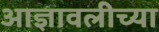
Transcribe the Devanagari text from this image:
आज्ञावलीच्या